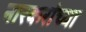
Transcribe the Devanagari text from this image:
नारकरांच्या